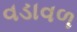
વડાવળ